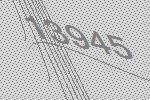
13945